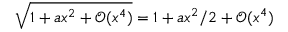
\sqrt { 1 + a x ^ { 2 } + \mathcal O ( x ^ { 4 } ) } = 1 + a x ^ { 2 } / 2 + \mathcal O ( x ^ { 4 } )